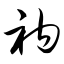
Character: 衲